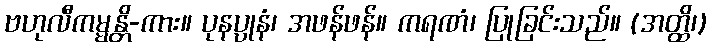
ဗဟုလီကမ္မန္တိ-ကား။ ပုနပ္ပုနံ၊ အဖန်ဖန်။ ကရဏံ၊ ပြုခြင်းသည်။ (အတ္ထိ၊)